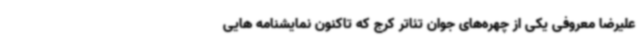
علیرضا معروفی یکی از چهره‌های جوان تئاتر کرج که تاکنون نمایشنامه هایی